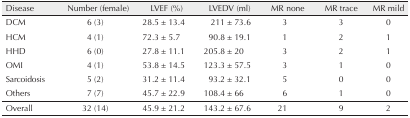
<table><thead><tr><td><b>Disease</b></td><td><b>Number (female)</b></td><td><b>LVEF (%)</b></td><td><b>LVEDV (ml)</b></td><td><b>MR none</b></td><td><b>MR trace</b></td><td><b>MR mild</b></td></tr></thead><tbody><tr><td>DCM</td><td>6 (3)</td><td>28.5 ± 13.4</td><td>211 ± 73.6</td><td>3</td><td>3</td><td>0</td></tr><tr><td>HCM</td><td>4 (1)</td><td>72.3 ± 5.7</td><td>90.8 ± 19.1</td><td>1</td><td>2</td><td>1</td></tr><tr><td>HHD</td><td>6 (0)</td><td>27.8 ± 11.1</td><td>205.8 ± 20</td><td>3</td><td>2</td><td>1</td></tr><tr><td>OMI</td><td>4 (1)</td><td>53.8 ± 14.5</td><td>123.3 ± 57.5</td><td>3</td><td>1</td><td>0</td></tr><tr><td>Sarcoidosis</td><td>5 (2)</td><td>31.2 ± 11.4</td><td>93.2 ± 32.1</td><td>5</td><td>0</td><td>0</td></tr><tr><td>Others</td><td>7 (7)</td><td>45.7 ± 22.9</td><td>108.4 ± 66</td><td>6</td><td>1</td><td>0</td></tr><tr><td>Overall</td><td>32 (14)</td><td>45.9 ± 21.2</td><td>143.2 ± 67.6</td><td>21</td><td>9</td><td>2</td></tr></tbody></table>